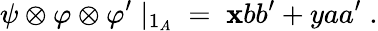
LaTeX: \psi\otimes\varphi\otimes\varphi^{\prime}\; |_{1_{A}}\; =\; \mathbf{x}bb^{\prime}+yaa^{\prime}\; .